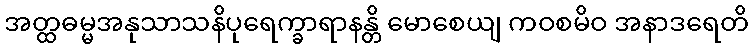
အတ္ထဓမ္မအနုသာသနိပုရေက္ခာရာနန္တိ မောစေယျ ကဝစမိဝ အနာဒရေတိ